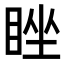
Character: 睉